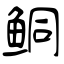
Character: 鲖